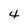
Character: 4